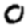
Digit: 0